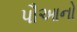
પૌઆનો